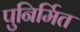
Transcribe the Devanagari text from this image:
पुनिर्मित